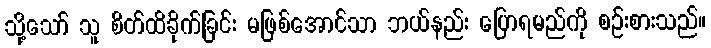
သို့သော် သူ စိတ်ထိခိုက်ခြင်း မဖြစ်အောင်သာ ဘယ်နည်း ပြောရမည်ကို စဉ်းစားသည်။